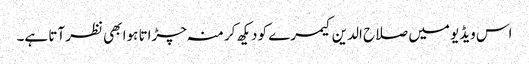
اس ویڈیو میں صلاح الدین کیمرے کو دیکھ کر منہ چڑاتا ہوا بھی نظر آتا ہے۔